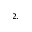
^ { 2 , }